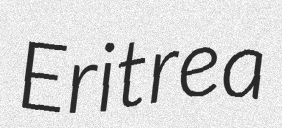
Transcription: Eritrea